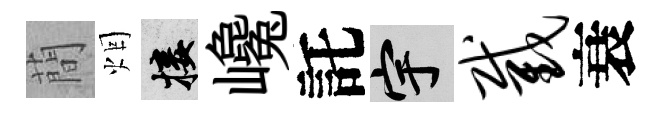
蕳烟接巉託宇截衰